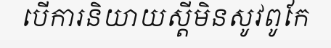
បើការនិយាយស្តីមិនសូវពូកែ